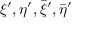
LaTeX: \xi ^ { \prime } , \eta ^ { \prime } , { \bar { \xi } } ^ { \prime } , { \bar { \eta } } ^ { \prime }